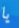
يا